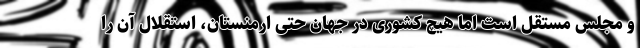
و مجلس مستقل است اما هیچ کشوری در جهان حتی ارمنستان، استقلال آن را